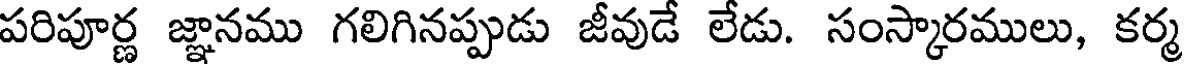
పరిపూర్ణ జ్ఞానము గలిగినప్పుడు జీవుడే లేడు. సంస్కారములు, కర్మ